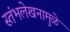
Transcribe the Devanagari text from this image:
स्तंभलेखनामुळे